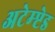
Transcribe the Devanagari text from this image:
अटेम्प्टेड